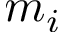
m _ { i }